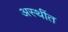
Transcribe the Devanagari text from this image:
अस्थींत